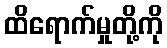
ထိရောက်မှုတို့ကို